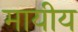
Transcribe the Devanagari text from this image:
मायीय